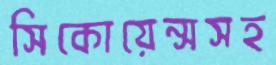
সিকোয়েন্সসহ